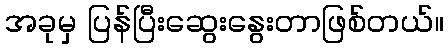
အခုမှ ပြန်ပြီးဆွေးနွေးတာဖြစ်တယ်။